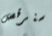
سنرقص